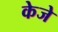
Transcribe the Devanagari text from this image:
केजे